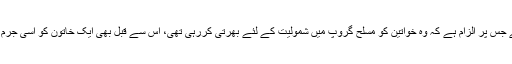
خیال رہے کہ اسپین سے گرفتار ہونے والی یہ پہلی لڑکی نہیں ہے جس پر الزام ہے کہ وہ خواتین کو مسلح گروپ میں شمولیت کے لئے بھرتی کررہی تھی، اس سے قبل بھی ایک خاتون کو اسی جرم میں جولائی میں لانزاروٹے کے جزیرے سے گرفتار کیا گیا تھا۔